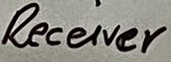
Text: Receiver